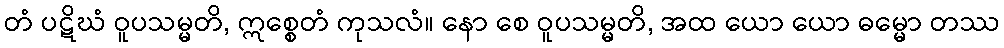
တံ ပဋိဃံ ဝူပသမ္မတိ, ဣစ္စေတံ ကုသလံ။ နော စေ ဝူပသမ္မတိ, အထ ယော ယော ဓမ္မော တဿ